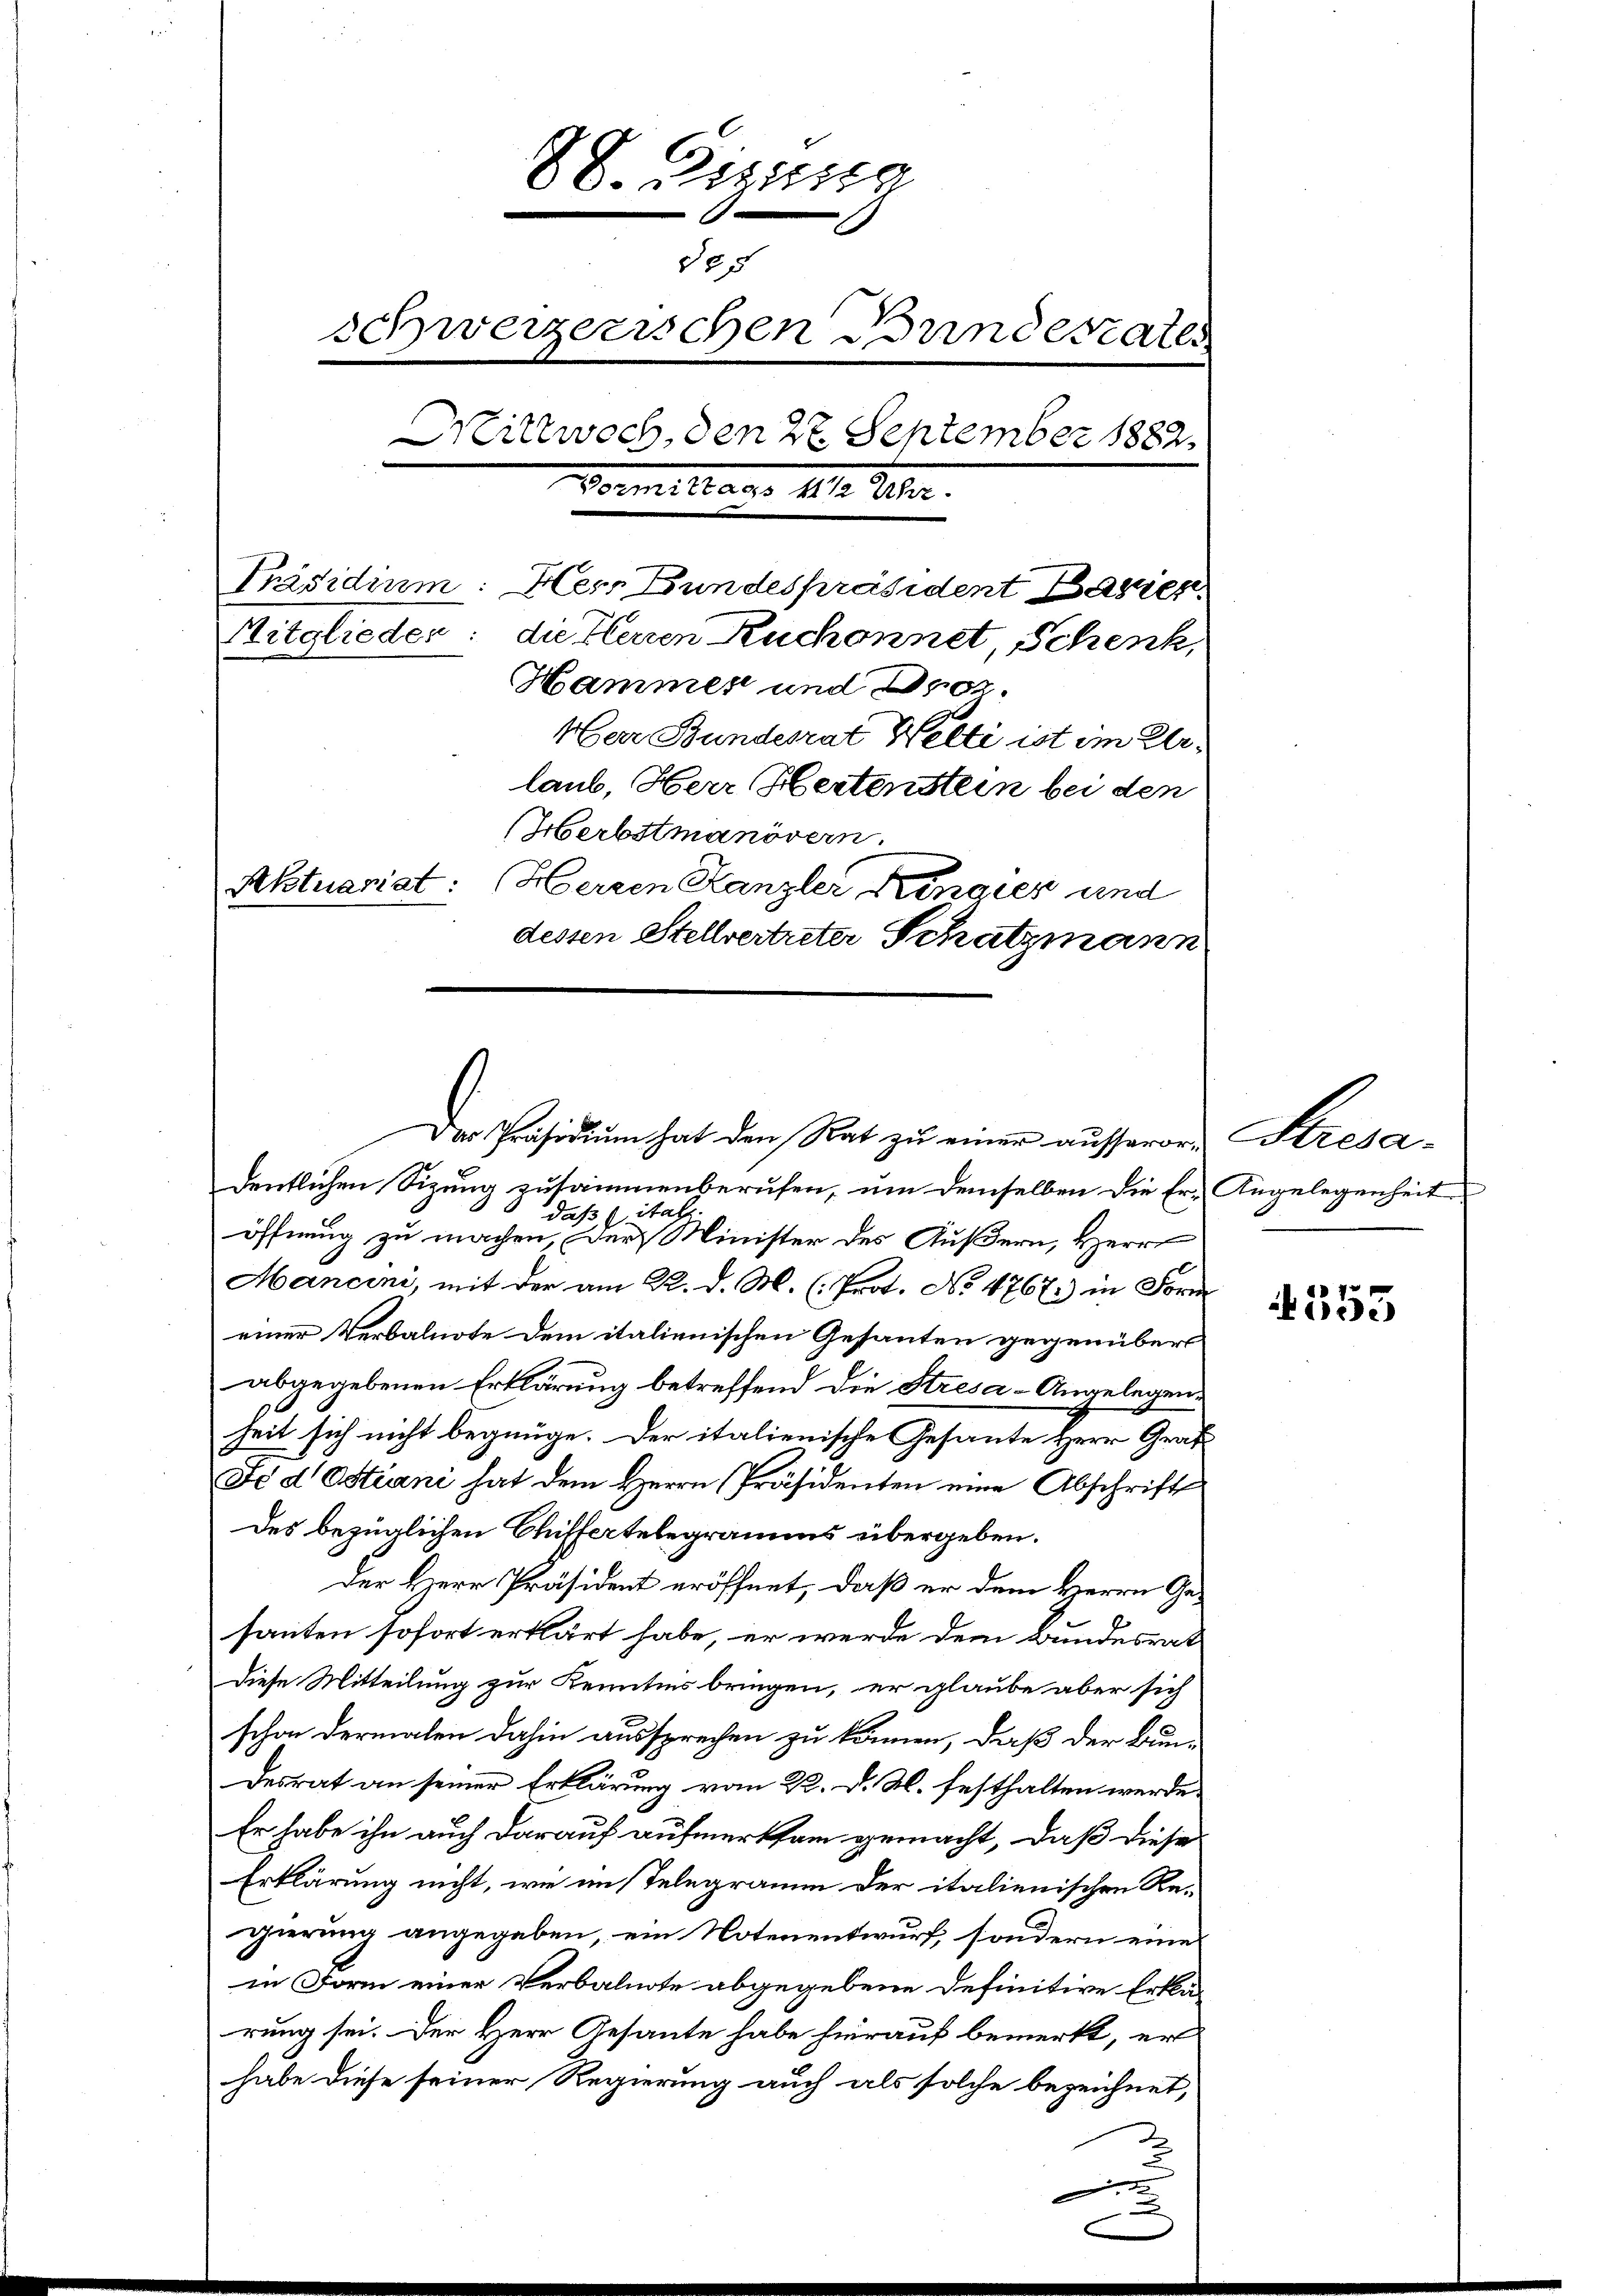
88. Btzung
§55
schweizerischen Bundesraten
Mittwoch, den 27. September 1882.
Vormittage 1810. Uhr.
Präsidium: Herr Bundespräsident Bazen
Mitglieder: die Herren Ruchonnet, Schenk,
Hammes und Droz.
Herr Bundesrat Welti ist im Urlaub, Herr Hertenstein bei den
Herbstmanövern.
Aktuariat: Herzen Kanzler Rengier und
dessen Stellvertreter Schatzmann

Der Präsidium hat den Rat zu einer ausserer Stresa¬

dentlichen Sizung zusammenberufen, um demselben die Er-Angelegenheit
daß, italz
öffnung zu machen, der Minister des Äußern, Herr
Mancini, mit der am R. d. M. (Prot. No 4767) in Form
einer Verbalnote dem italienischen Gesanten gegenüber
abgegebenen Erklärung betreffend die Stresa-Angelegenheit sich nicht begnüge. Der italienische Gesante Herr Graf
Je d Ostiani hat dem Herrn Präsidenten eine Abschrift
Des bezüglichen Chiffertelegramms übergeben.
Der Herr Präsident eröffnet, daß er dem Herrn Gesanten sofort erklärt habe, er werde dem Bundesrat
Diese Mitteilung zur Kenntnis bringen, er glaube aber sich
schon dermalen dahin aussprechen zu können, daß der Bun-
Desrat an seiner Erklärung vom 22. d. M. festhalten werde,
Er habe ihn auch darauf aufmerksam gemacht, daß diese
Erklärung nicht, wie im Telegramm der italienischen Regierung angegeben, ein Notenentwurf, sondern eine
in Form einer Verbalnote abgegebene Definitive Erklä-
rung sei. Der Herr Gesante habe hierauf bemerkt, er
habe diese seiner Regierung auch als solche bezeichnet,

353